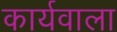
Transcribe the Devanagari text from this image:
कार्यवाला